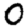
Digit: 0